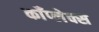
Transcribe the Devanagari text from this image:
काँप्लेक्स